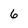
Character: 6